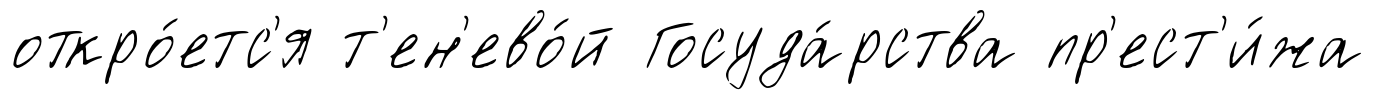
откро́етс'я т'ен'ево́й Госуда́рства пр'ест'и́жа